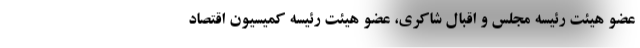
عضو هیئت رئیسه مجلس و اقبال شاکری، عضو هیئت رئیسه کمیسیون اقتصاد